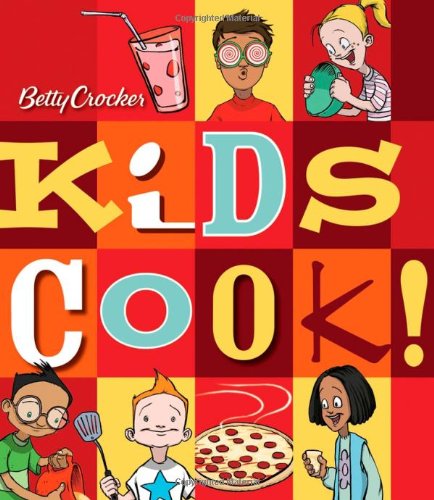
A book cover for Betty Crocker Kids Cook!; Betty Crocker; Children's Books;